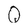
Character: Q